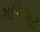
ગઊઘાટ